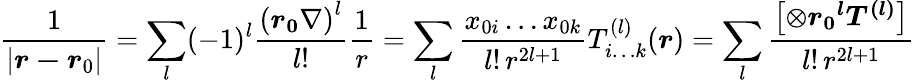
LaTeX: {\frac{1}{\left|{\boldsymbol{r-r}}{_{0}}\right|}}=\sum_{l}(-1)^{l}{\frac{{({\boldsymbol{r_{0}}}\nabla)}^{l}}{l!}}{\frac{1}{r}}=\sum_{l}{\frac{x_{0i}\ldots x_{0k}}{l!\, r^{2l+1}}}T_{i\ldots k}^{(l)}({\boldsymbol{r}})=\sum_{l}{\frac{\left[\otimes{\boldsymbol{{r_{0}}^{l}T^{(l)}}}\right]}{l!\, r^{2l+1}}}